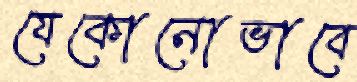
যেকোনোভাবে